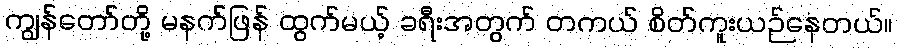
ကျွန်တော်တို့ မနက်ဖြန် ထွက်မယ့် ခရီးအတွက် တကယ် စိတ်ကူးယဉ်နေတယ်။